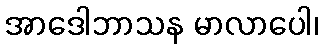
အာဒေါဘာသန မာလာပေါ၊